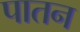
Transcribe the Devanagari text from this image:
पातन